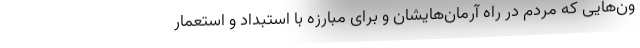
ون‌هایی که مردم در راه آرمان‌هایشان و برای مبارزه با استبداد و استعمار